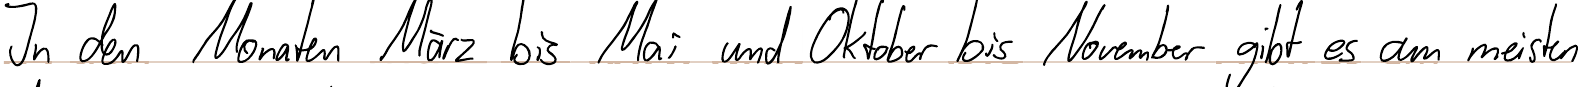
In den Monaten März bis Mai und Oktober bis November gibt es am meisten